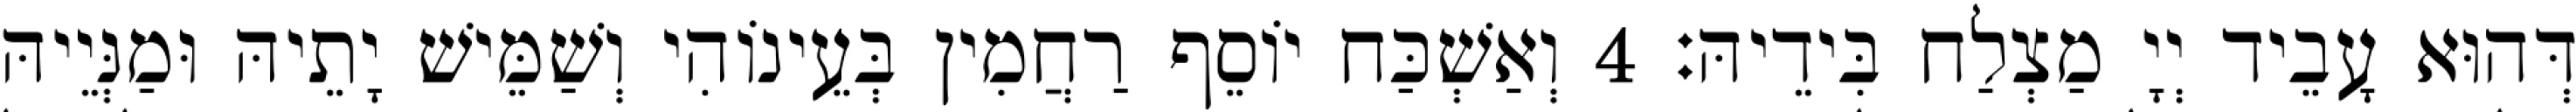
דְּהוּא עָבֵיד יְיָ מַצְלַח בִּידֵיהּ׃ 4 וְאַשְׁכַּח יוֹסֵף רַחֲמִין בְּעֵינוֹהִי וְשַׁמֵּישׁ יָתֵיהּ וּמַנְּיֵיהּ